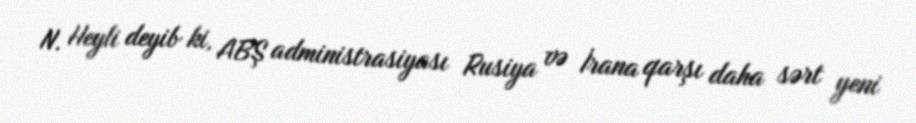
N. Heyli deyib ki, ABŞ administrasiyası Rusiya və İrana qarşı daha sərt yeni